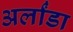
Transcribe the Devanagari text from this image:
अर्लांडा